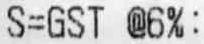
S=GST @6%: